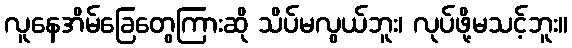
လူနေအိမ်ခြေတွေကြားဆို သိပ်မလွယ်ဘူး၊ လုပ်ဖို့မသင့်ဘူး။